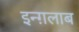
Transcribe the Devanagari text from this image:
इन्ग़लाब